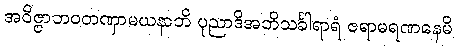
အဝိဇ္ဇာဘဝတဏှာမယနာဘိ ပုညာဒိအဘိသင်္ခါရာရံ ဇရာမရဏနေမိ